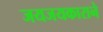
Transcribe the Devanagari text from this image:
जयजयकाराने